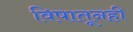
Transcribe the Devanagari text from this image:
विषातूनही